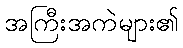
အကြီးအကဲများ၏